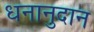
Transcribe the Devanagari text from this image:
धनानुदान